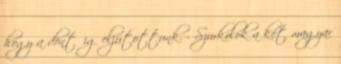
hogy a döntőig eljutottunk. - Szurkolok a két magyar